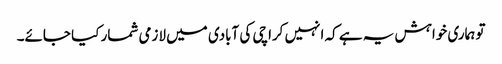
تو ہماری خواہش یہ ہے کہ انہیں کراچی کی آبادی میں لازمی شمار کیا جائے۔